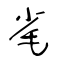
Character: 毟